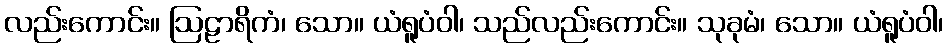
လည်းကောင်း။ ဩဠာရိကံ၊ သော။ ယံရူပံဝါ၊ သည်လည်းကောင်း။ သုခုမံ၊ သော။ ယံရူပံဝါ၊